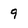
Character: 9